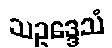
သဥဒ္ဒေသံ